Report of the Municipal Commissioner on the plague in Bombay for the year ending 31st May... - Volume 3
Disease focus: Plague
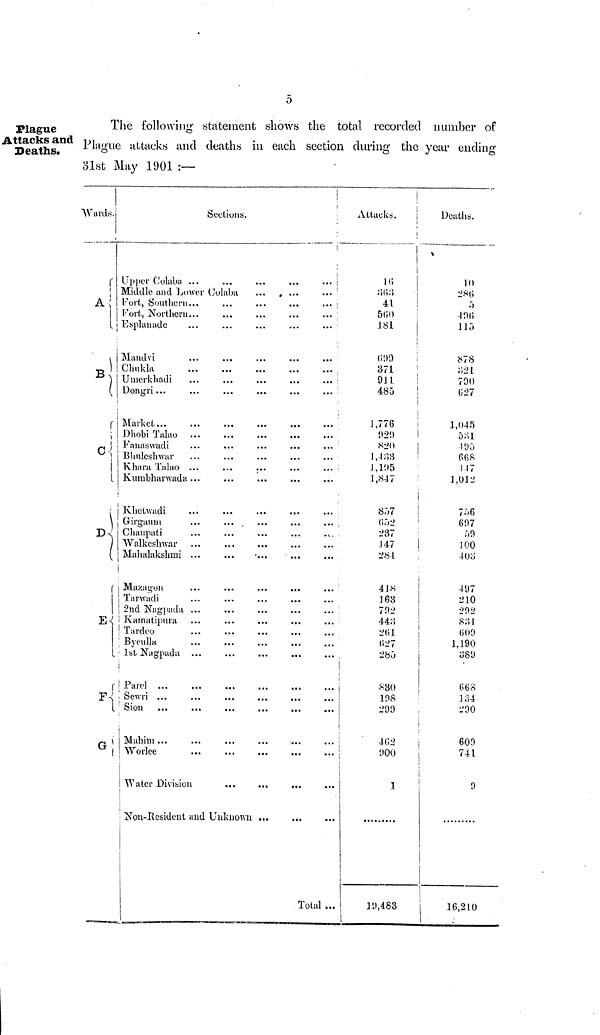
o
Plague
Attacks and
Deaths.
The following statement shows the total recorded number of
Plague attacks and deaths in each section during the year ending
31st May 1901 :—
Wards.
A
B
C
D
E
F
G
Sections.
Upper Cohibí« ...
Middle and Lower Cohiba
Fort, Southern...
Kort, Northern
Esplanade
Mandvi
Chukla
Umerkhadi
Dongri...
Market...
Dhobi Talao
Fanaswadi
Bhuleshwar
Khara Talao ...
Kumbharwada ...
Khetwadi
Girgaum
Chaupati
Walkeshwar
Mahalakshmi ...
Mazagon
Tarwadi
2nd Nagpada ...
Tardeo
Byculla
1st Nagpada ...
Parel
Sewri ...
Mahim ...
Worlee
Non-Resident and Unknown ...
...
...
...
...
Total ...
Attacks.
16
363
41
560
J81
699
371
911
485
1,776
929
820
1,433
1,195
1,847
857
652
237
147
284
418
163
792
443
261
627
285
830
198
299
462
900
1
19,483
Deaths.
10
286
5
496
115
878
321
790
627
1,045
531
195
668
147
1,012
756
697
59
100
403
497
210
292
831
609
1,190
389
668
134
290
609
741
9
16,210